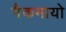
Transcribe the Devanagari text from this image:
नैकमायो